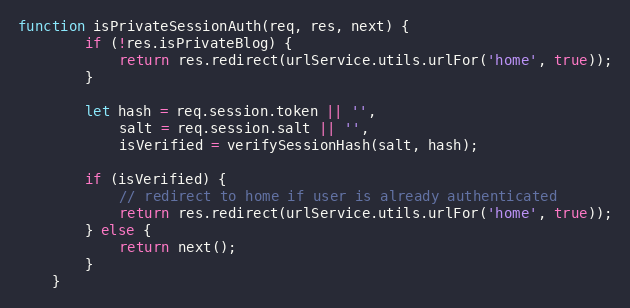
Language: JavaScript
function isPrivateSessionAuth(req, res, next) {
        if (!res.isPrivateBlog) {
            return res.redirect(urlService.utils.urlFor('home', true));
        }

        let hash = req.session.token || '',
            salt = req.session.salt || '',
            isVerified = verifySessionHash(salt, hash);

        if (isVerified) {
            // redirect to home if user is already authenticated
            return res.redirect(urlService.utils.urlFor('home', true));
        } else {
            return next();
        }
    }